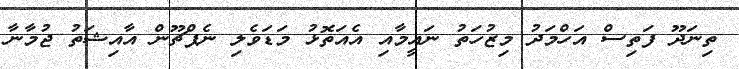
ތިނަދޫ ފަތިސް އަހްމަދު މިޒުހަތު ނައީމާއި އެއަތޮޅު މަޑަވެލި ނެޕްޗޫން އާއިޝަތު ޖުމާނާ